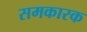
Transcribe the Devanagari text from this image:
समकारक